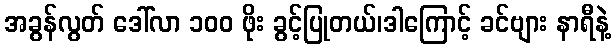
အခွန်လွတ် ဒေါ်လာ ၁၀၀ ဖိုး ခွင့်ပြုတယ်၊ဒါကြောင့် ခင်ဗျား နာရီနဲ့